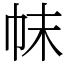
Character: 帓